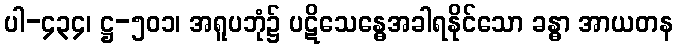
ပါ-၄၃၄၊ ဋ္ဌ-၅၀၁၊ အရူပဘုံ၌ ပဋိသေန္ဓေအခါရနိုင်သော ခန္ဓာ အာယတန